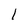
Character: l